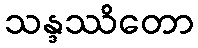
သန္ဒဿိတော